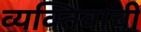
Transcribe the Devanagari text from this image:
व्यक्‍तिवाची